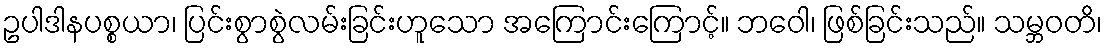
ဥပါဒါနပစ္စယာ၊ ပြင်းစွာစွဲလမ်းခြင်းဟူသော အကြောင်းကြောင့်။ ဘဝေါ၊ ဖြစ်ခြင်းသည်။ သမ္ဘဝတိ၊